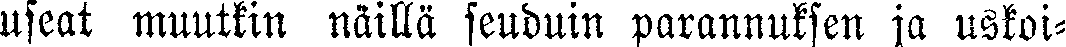
useat muutkin näillä seuduin parannuksen ja uskoi-